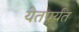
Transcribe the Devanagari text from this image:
येतपर्यंत